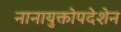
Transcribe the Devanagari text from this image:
नानायुक्तोपदेशेन